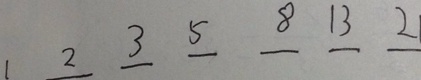
1 2 3 5 8 1 3 2 1